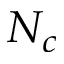
N _ { c }